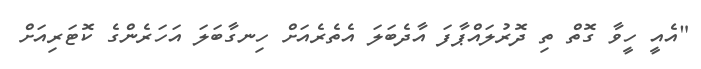
"އެއީ ހީވާ ގޮތް ތި ދޮރުލައްޕާފަ އާދެބަލަ އެތެރެއަށް ހިނގާބަލަ އަހަރެންގެ ކޮޓަރިއަށް